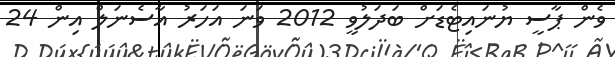
ވެން ޕާސީ ޔުނައިޓެޑަށް ބަދަލުވީ 2012 ވަނަ އަހަރު އާސެނަލް އިން 24